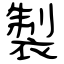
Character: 製